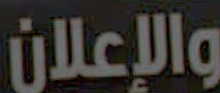
والإعلان